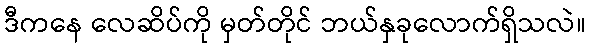
ဒီကနေ လေဆိပ်ကို မှတ်တိုင် ဘယ်နှခုလောက်ရှိသလဲ။